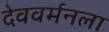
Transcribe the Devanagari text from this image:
देववर्मनला